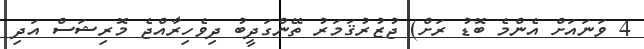
4 ވަނައަށް އެންމެ ބޮޑު ރަށް) ޖުޒުރުޤަމަރު ތޭންގަދީބު ދިވެހިރާއްޖެ މޮރިޝަސް އަދި